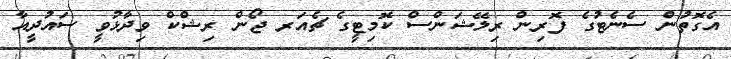
އެގޮތުން ސެނެޓުގެ ފޮރިން ރިލޭޝަންސް ކޮމިޓީގެ ޗެއަރ ޖޯން ރިޝްކް ވިދާޅުވީ ސައުދީއާ